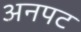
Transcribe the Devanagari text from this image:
अनपट